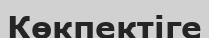
Көкпектіге